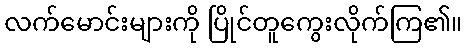
လက်မောင်းများကို ပြိုင်တူကွေးလိုက်ကြ၏။